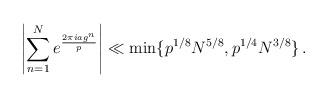
LaTeX: \begin{align*} \left| \sum_{n=1}^N e^{\frac{2\pi i ag^n}{p}} \right| \ll \min \{ p^{1/8} N^{5/8}, p^{1/4} N^{3/8} \} \,.\end{align*}